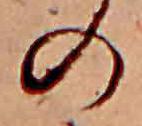
の